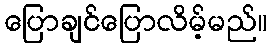
ပြောချင်ပြောလိမ့်မည်။